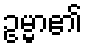
ဥမ္မာ၏